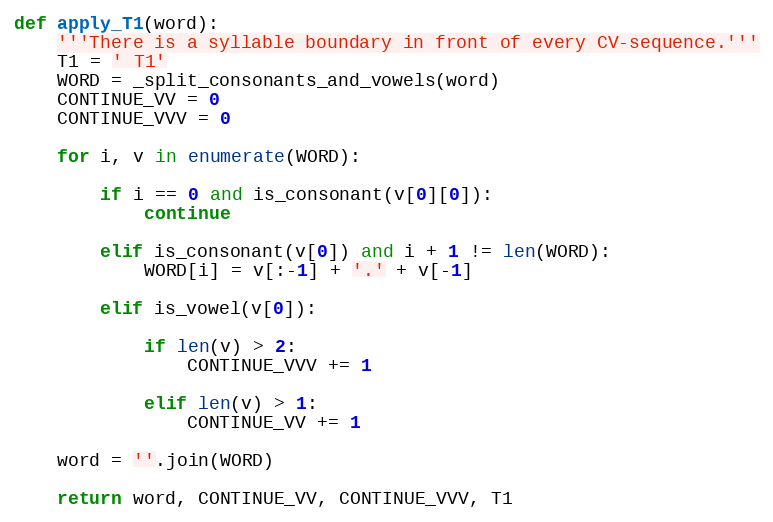
Language: Python
def apply_T1(word):
    '''There is a syllable boundary in front of every CV-sequence.'''
    T1 = ' T1'
    WORD = _split_consonants_and_vowels(word)
    CONTINUE_VV = 0
    CONTINUE_VVV = 0

    for i, v in enumerate(WORD):

        if i == 0 and is_consonant(v[0][0]):
            continue

        elif is_consonant(v[0]) and i + 1 != len(WORD):
            WORD[i] = v[:-1] + '.' + v[-1]

        elif is_vowel(v[0]):

            if len(v) > 2:
                CONTINUE_VVV += 1

            elif len(v) > 1:
                CONTINUE_VV += 1

    word = ''.join(WORD)

    return word, CONTINUE_VV, CONTINUE_VVV, T1